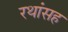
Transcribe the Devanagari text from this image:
रथांसह